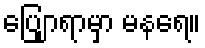
ပြျောရာမှာ မနရေ။